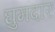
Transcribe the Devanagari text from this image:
घुमदार